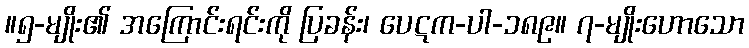
။၅-မျိုး၏ အကြောင်းရင်းကို ပြခန်း၊ ပေဋက-ပါ-၁၈၉။ ၇-မျိုးဟောသော